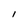
Character: I